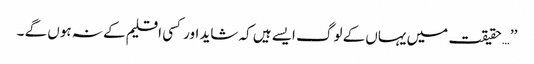
’’…حقیقت میں یہاں کے لوگ ایسے ہیں کہ شاید اور کسی اقلیم کے نہ ہوں گے ۔